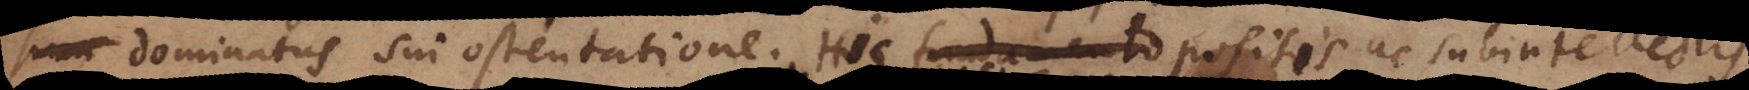
dominatus sui ostentatione. Hoc fundamento posito postea